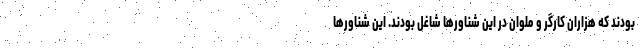
بودند که هزاران کارگر و ملوان در این شناورها شاغل بودند. این شناورها